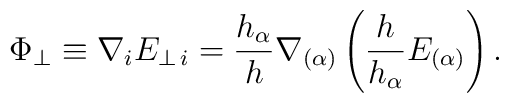
\Phi_{\perp} \equiv \nabla_{i} E_{\perp\,i} =\frac{h_{\alpha}}{h}\nabla_{(\alpha)}\left(\frac{h}{h_{\alpha}}E_{(\alpha)}\right).